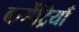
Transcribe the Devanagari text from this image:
कमेंट्रियाँ